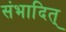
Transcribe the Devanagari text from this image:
संभादित्